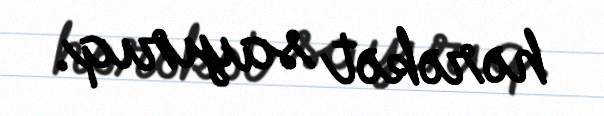
hərəkət sayırıq.